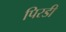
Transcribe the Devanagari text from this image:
पिरडी